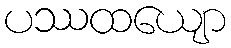
ပဿထယျော